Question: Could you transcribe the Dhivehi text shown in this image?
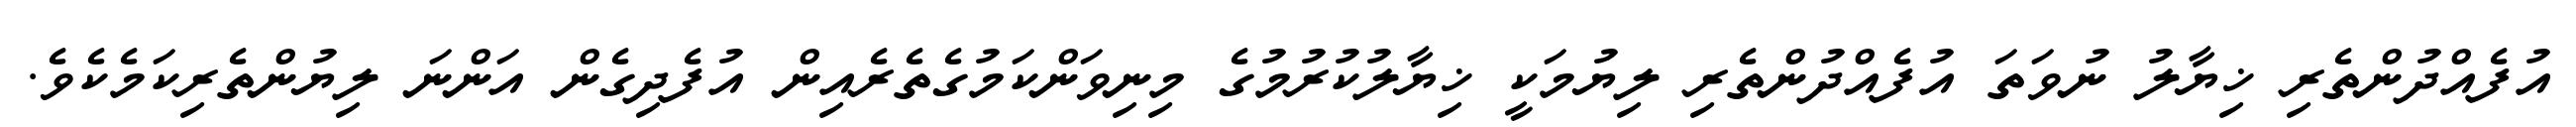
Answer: އުފެއްދުންތެރި ޚިޔާލު ނުވަތަ އުފެއްދުންތެރި ލިޔުމަކީ ޚިޔާލުކުރުމުގެ މިނިވަންކަމުގެތެރެއިން އުފެދިގެން އަންނަ ލިޔުންތެރިކަމެކެވެ.